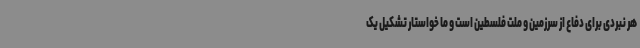
هر نبردی برای دفاع از سرزمین و ملت فلسطین است و ما خواستار تشکیل یک